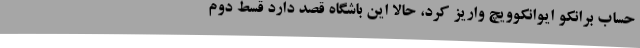
حساب برانکو ایوانکوویچ واریز کرد، حالا این باشگاه قصد دارد قسط دوم